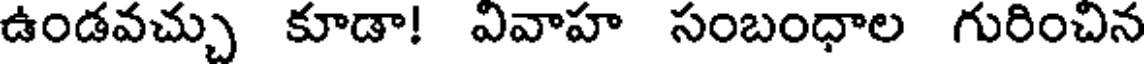
ఉండవచ్చు కూడా! వివాహ సంబంధాల గురించిన